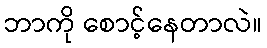
ဘာကို စောင့်နေတာလဲ။